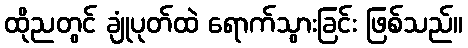
ထိုညတွင် ချုံပုတ်ထဲ ရောက်သွားခြင်း ဖြစ်သည်။